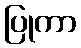
ပြုကာ